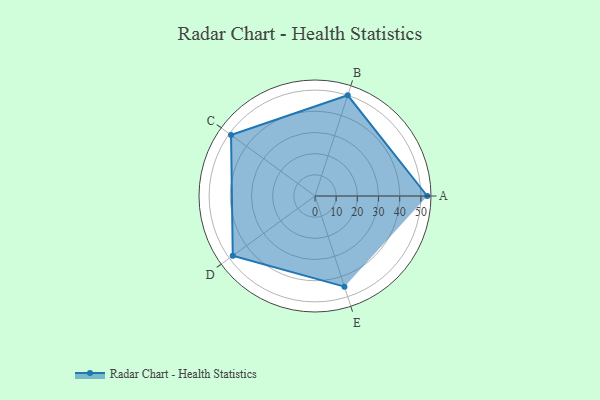
{"axis": {"x": "Skill", "y": "Score"}, "legend": ["Profile"], "data": [{"x": "A", "y": 53.0, "type": "Profile"}, {"x": "B", "y": 50.0, "type": "Profile"}, {"x": "C", "y": 49.0, "type": "Profile"}, {"x": "D", "y": 48.0, "type": "Profile"}, {"x": "E", "y": 45.0, "type": "Profile"}]}